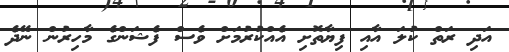
އަދި ރަތް ކުލަ އާއި ފިޔާތޮށި އެއްކުރުމަށް ވެސް ފެޝަންގެ މާހިރުން ނޭދެ